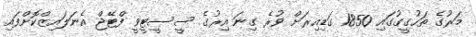
މަރުގެ ތަހުގީގުގައި 1850 ގަޑިއިރަށް ވުރެ ގިނަ އިރުގެ ސީސީޓީވީ ފްޓޭޖް އެނަލައިޒްކޮށްފައި